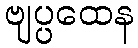
ဗျပ္ပထေန